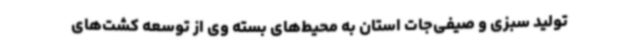
تولید سبزی و صیفی‌جات استان به محیط‌های بسته وی از توسعه کشت‌های